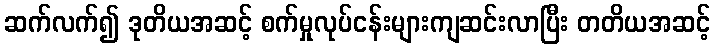
ဆက်လက်၍ ဒုတိယအဆင့် စက်မှုလုပ်ငန်းများကျဆင်းလာပြီး တတိယအဆင့်